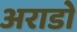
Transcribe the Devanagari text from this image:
अराडो